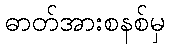
ဓာတ်အားစနစ်မှ